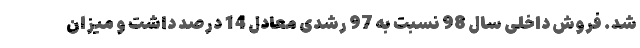
شد. فروش داخلی سال 98 نسبت به 97 رشدی معادل 14 درصد داشت و میزان